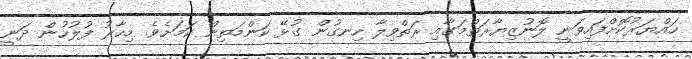
ހައްޔަރުކޮށްފައިވަނީ ލޮނުޒިޔާރަތްމަގާއި ރަތްވިލާ ހިނގުން ގުޅޭ ކަންމަތިން ކަމަށެވެ. މިހާރު ފުލުހުން ދަނީ